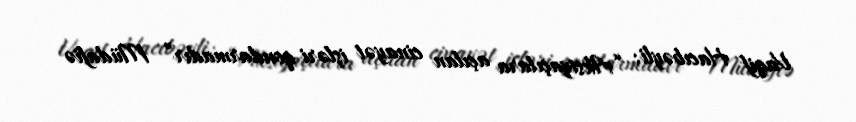
Vaqif Hacıbəyli: “Aksiyaçılara açılan cinayət işləri qondarmadır” Müdafiə